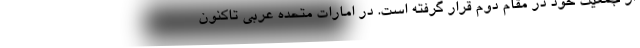
از جمعیت خود در مقام دوم قرار گرفته است. در امارات متحده عربی تاکنون